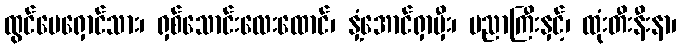
ထွင်ပေရှောင်သား၊ ရှစ်သောင်းလေးထောင်၊ နှံ့အောင်ရှာမှီး၊ ပညာကြီးနှင့်၊ ထုံးတီးနီးနာ၊